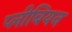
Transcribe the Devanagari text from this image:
प्लीबियन